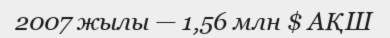
2007 жылы — 1,56 млн $ АҚШ